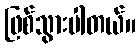
ဖြစ်သွားပါတယ်။